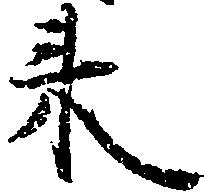
来